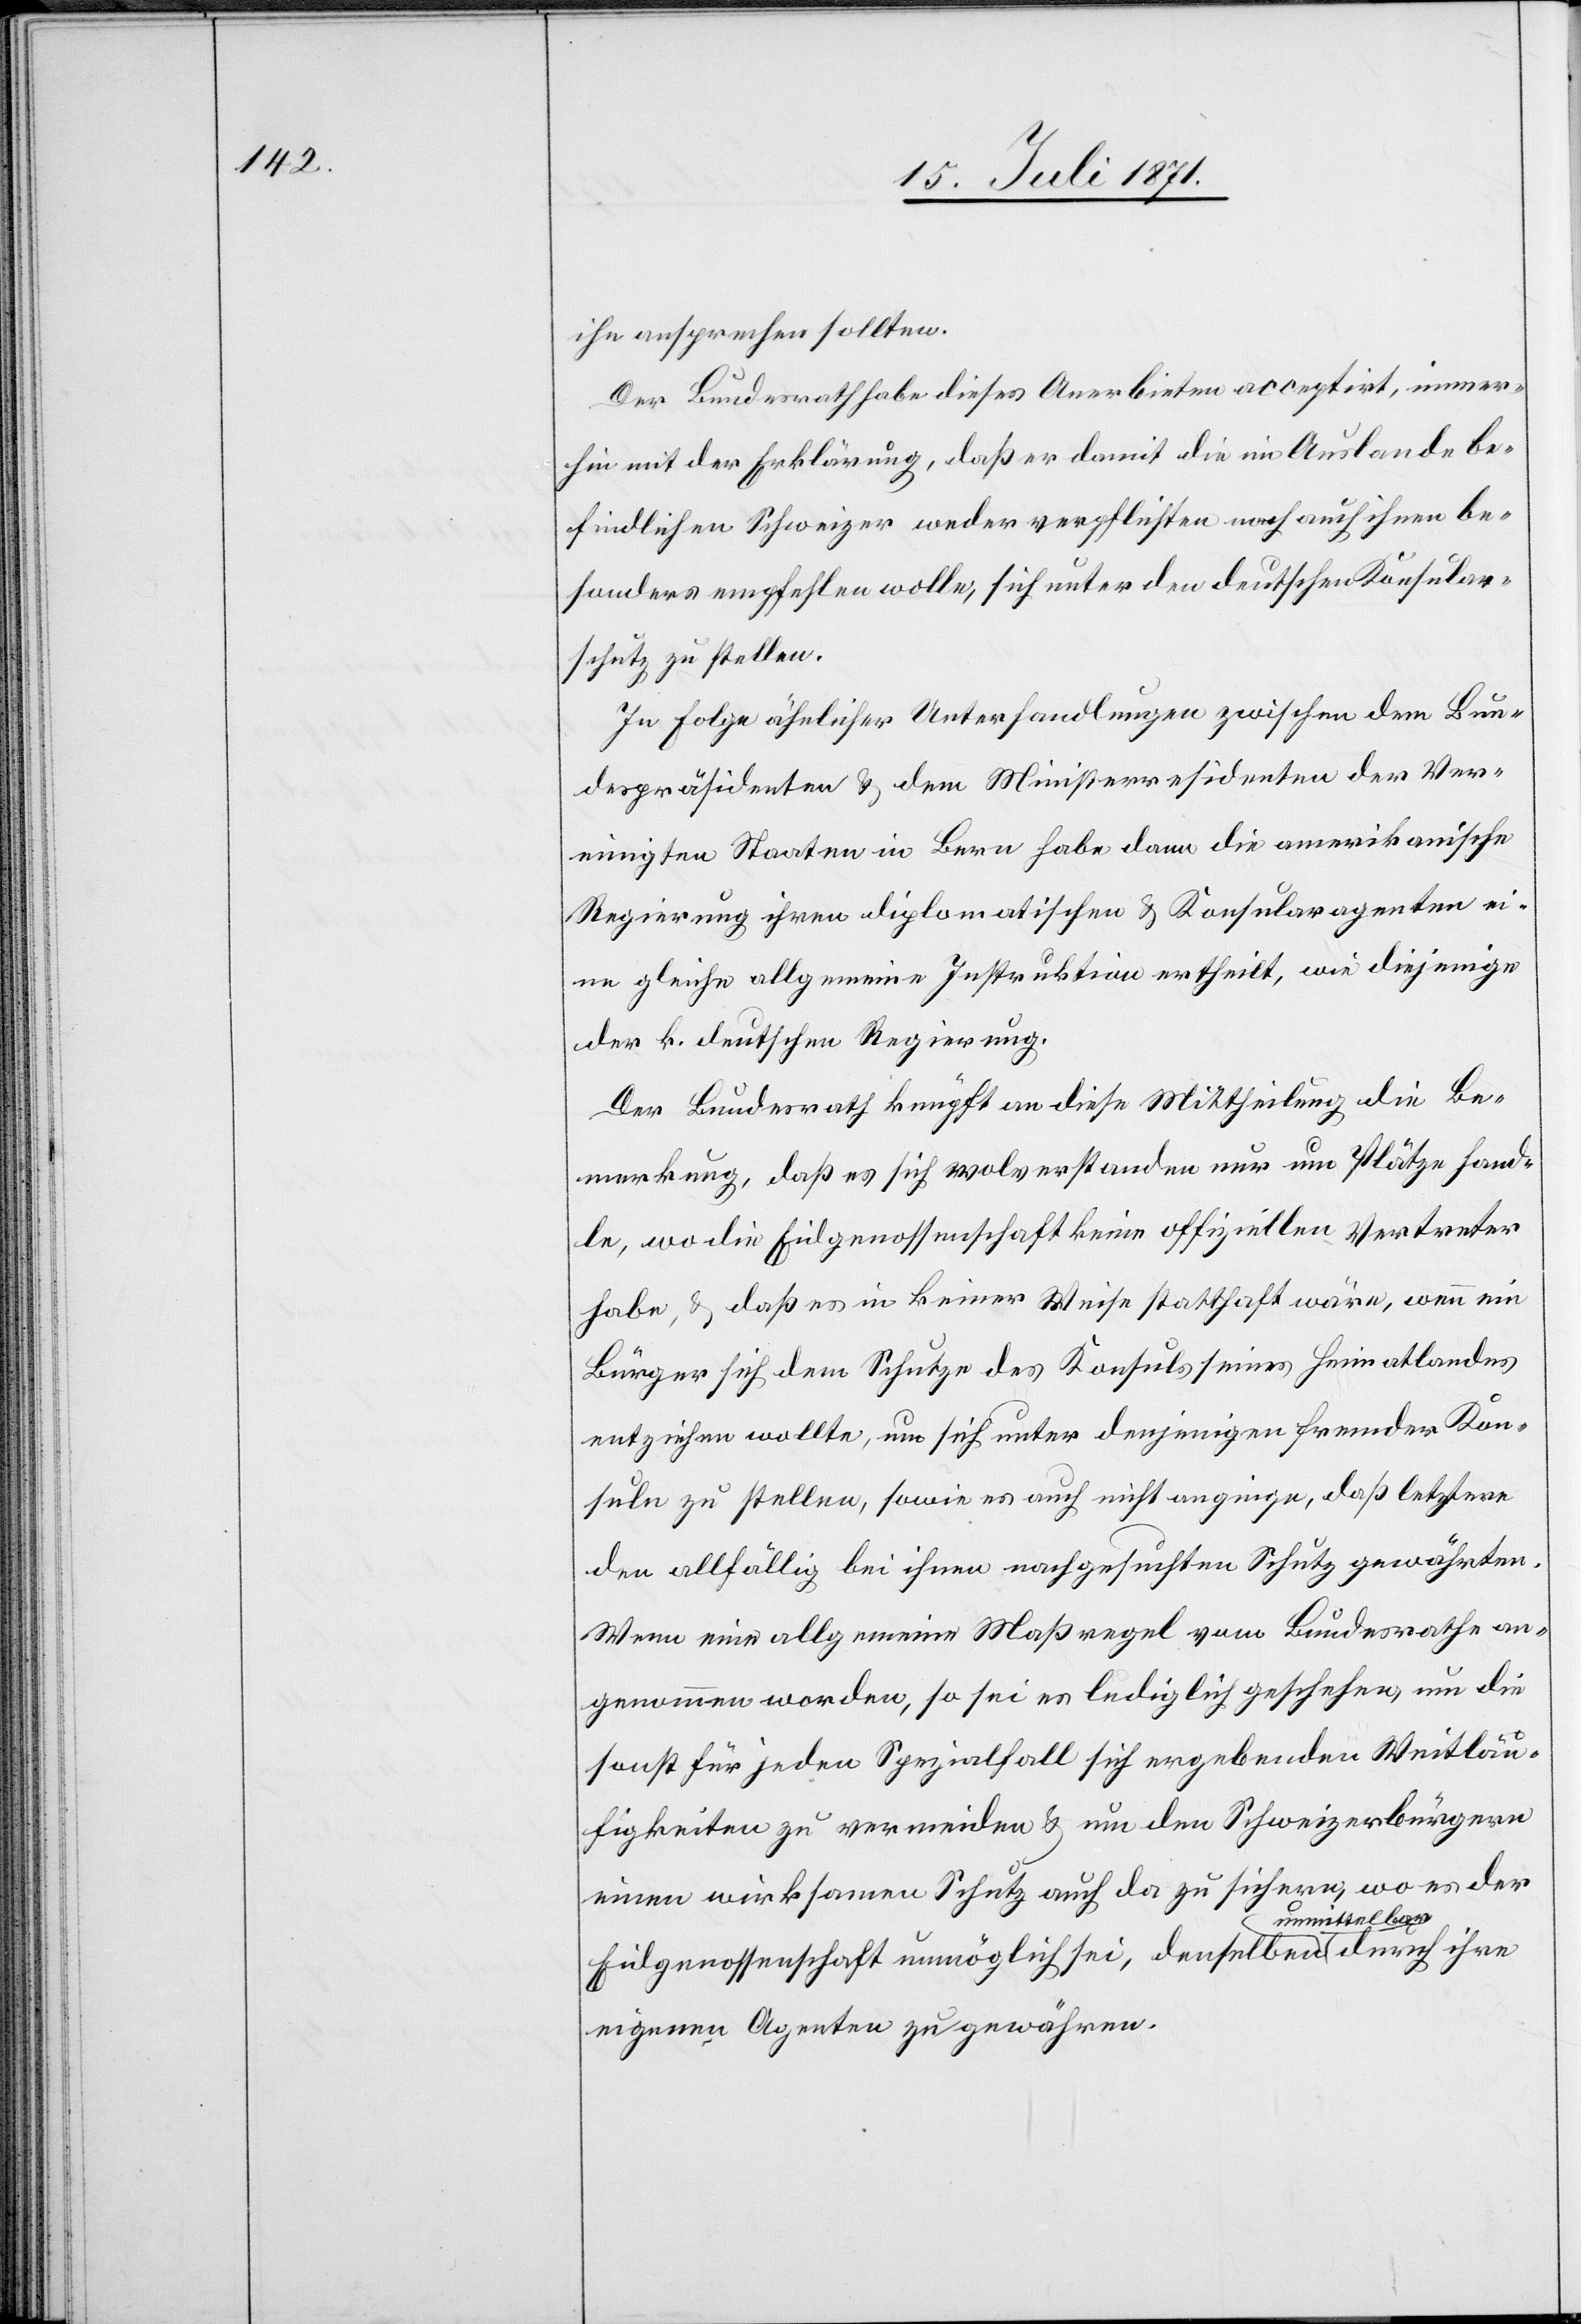
ihn ansprechen sollten.
Der Bundesrath habe dieses Anerbieten acceptirt, immer¬
hin mit der Erklärung, daß er damit die im Auslande be¬
findlichen Schweizer weder verpflichten noch auch ihnen be¬
sonders empfehlen wolle, sich unter den deutschen Konsular¬
schutz zu stellen.
In Folge ähnlicher Unterhandlungen zwischen dem Bun¬
despräsidenten u. dem Ministerresidenten der Ver¬
einigten Staaten in Bern habe dann die amerikanische
Regierung ihren diplomatischen u. Konsularagenten ei¬
ne gleiche allgemeine Instruktion ertheilt, wie diejenige
der k. deutschen Regierung.
Der Bundesrath knüpft an diese Mittheilung die Be¬
merkung, daß es sich wolverstanden nur um Plätze hand¬
le, wo die Eidgenossenschaft keine offiziellen Vertreter
habe, u. daß es in keiner Weise statthaft wäre, wenn ein
Bürger sich dem Schutze des Konsuls seines Heimatlandes
entziehen wollte, um sich unter denjenigen fremder Kon¬
suln zu stellen, sowie es auch nicht anginge, daß letztere
den allfällig bei ihnen nachgesuchten Schutz gewährten.
Wenn eine allgemeine Maßregel vom Bundesrath an¬
genommen worden, so sei es lediglich geschehen, um die
sonst für jeden Spezialfall sich ergebenden Weitläu¬
figkeiten zu vermeiden u. um den Schweizerbürgern
einen wirksamen Schutz auch da zu sichern, wo es der
Eidgenossenschaft unmöglich sei, denselben unmittelbar durch ihre
eigene Agenten zu gewähren.